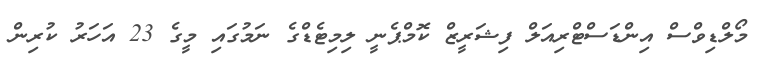
މޯލްޑިވްސް އިންޑަސްޓްރިއަލް ފިޝަރީޒް ކޮމްޕެނީ ލިމިޓެޑްގެ ނަމުގައި މީގެ 23 އަހަރު ކުރިން